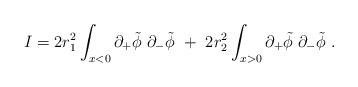
LaTeX: \begin{align*}{ I} = 2 r_1^{2} \int_{x < 0} \partial_+\tilde\phi\; \partial_-\tilde\phi\ +\ 2 r_2^{2} \int_{x>0} \partial_+\tilde\phi\; \partial_-\tilde\phi\ .\end{align*}